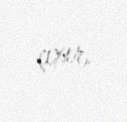
çıxır.